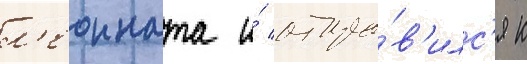
л'еонната и́ отпра́в'илс'я к